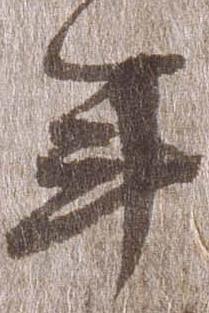
年